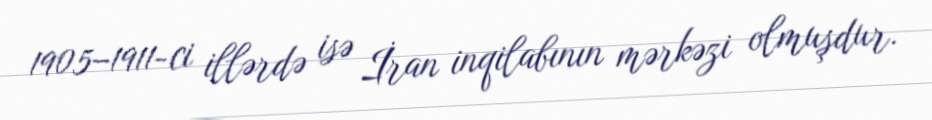
1905–1911-ci illərdə isə İran inqilabının mərkəzi olmuşdur.